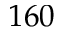
1 6 0